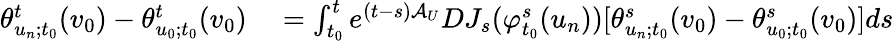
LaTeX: \begin{array}{rl}{\theta_{u_{n};t_{0}}^{t}(v_{0})-\theta_{u_{0};t_{0}}^{t}(v_{0})}&{{}=\int_{t_{0}}^{t}e^{(t-s)\mathcal{A}_{U}}DJ_{s}(\varphi_{t_{0}}^{s}(u_{n}))[\theta_{u_{n};t_{0}}^{s}(v_{0})-\theta_{u_{0};t_{0}}^{s}(v_{0})]ds}\end{array}